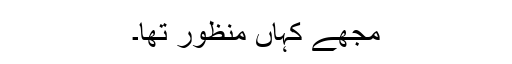
مجھے کہاں منظور تھا۔